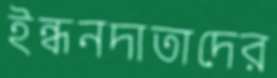
ইন্ধনদাতাদের